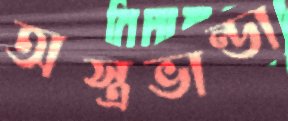
অস্ত্রভান্ডা